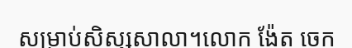
សម្រាប់សិស្សសាលា។លោក ង៉ែត ចេក